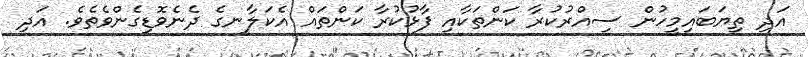
އަދި ތިޔަބައިމީހުން ސިއްރުކުރާ ކަންތަކާއި ފާޅުކުރާ ކަންތައް އެކަލާނގެ ދެނެވޮޑިގެންވެތެވެ. އަދި